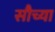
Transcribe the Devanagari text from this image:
सौच्या